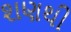
શણથી